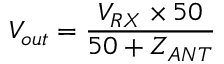
V _ { o u t } = \frac { V _ { R X } \times 5 0 } { 5 0 + Z _ { A N T } }